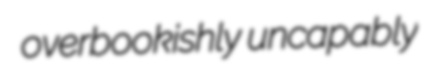
overbookishly uncapably